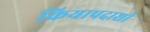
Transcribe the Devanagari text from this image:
क्रियापदाशी